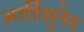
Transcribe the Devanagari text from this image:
आर्टिसुनेट